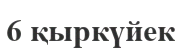
6 қыркүйек